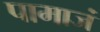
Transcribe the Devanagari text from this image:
पामाजं